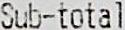
SUB-TOTAL